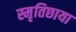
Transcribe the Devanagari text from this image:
स्मृतिछाया